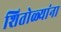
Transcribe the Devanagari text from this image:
शितोळ्यांना